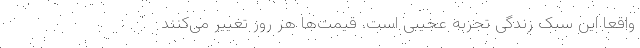
واقعا این سبک زندگی تجربه عجیبی است. قیمت‌ها هر روز تغییر می‌کنند